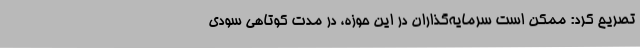
تصریح کرد: ممکن است سرمایه‌گذاران در این حوزه، در مدت کوتاهی سودی